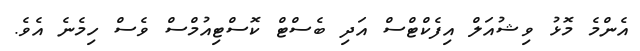
އެންމެ މޮޅު ވިޝުއަލް އިފެކްޓްސް އަދި ބެސްޓް ކޮސްޓިއުމްސް ވެސް ހިމެނެ އެވެ.